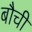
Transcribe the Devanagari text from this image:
बौची